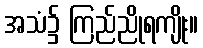
အသံ၌ ကြည်ညိုရကျိုး။